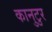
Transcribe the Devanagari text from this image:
कानुटुर